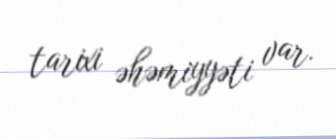
tarixi əhəmiyyəti var.